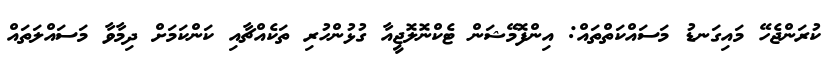
ކުރަންޖެހޭ މައިގަނޑު މަސައްކަތްތައް: އިންފޮމޭޝަން ޓެކްނޮލޮޖީއާ ގުޅުންހުރި ތަކެއްޗާއި ކަންކަމަށް ދިމާވާ މަސައްލަތައް